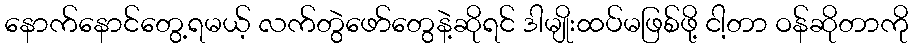
နောက်နောင်တွေ့ရမယ့် လက်တွဲဖော်တွေနဲ့ဆိုရင် ဒါမျိုးထပ်မဖြစ်ဖို့ ငါ့တာ ဝန်ဆိုတာကို